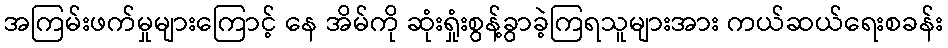
အကြမ်းဖက်မှုများကြောင့် နေ အိမ်ကို ဆုံးရှုံးစွန့်ခွာခဲ့ကြရသူများအား ကယ်ဆယ်ရေးစခန်း